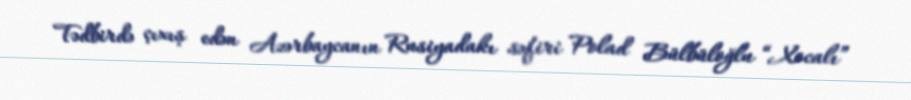
Tədbirdə çıxış edən Azərbaycanın Rusiyadakı səfiri Polad Bülbüloğlu “Xocalı”